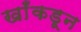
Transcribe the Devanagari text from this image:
खाँकडून